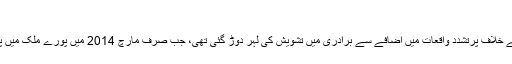
"
حالیہ برسوں میں ہندوؤں کے خلاف پرتشدد واقعات میں اضافے سے برادری میں تشویش کی لہر دوڑ گئی تھی، جب صرف مارچ 2014 میں پورے ملک میں پانچ مندروں پر حملہ ہوا تھا۔